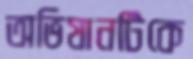
অভিযানটিকে